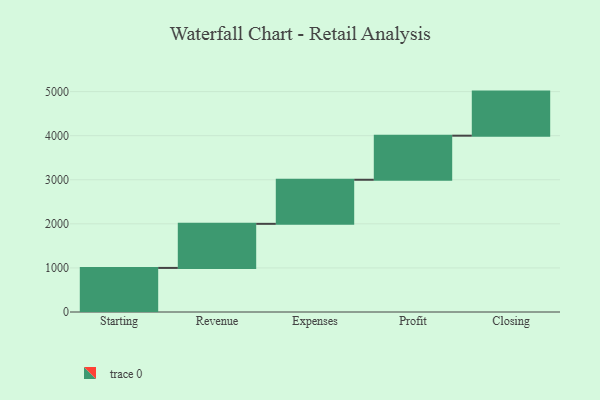
{"axis": {"x": "Step", "y": "Value"}, "legend": [""], "data": [{"x": "Starting", "y": 1000, "type": ""}, {"x": "Revenue", "y": 1000, "type": ""}, {"x": "Expenses", "y": 1000, "type": ""}, {"x": "Profit", "y": 1000, "type": ""}, {"x": "Closing", "y": 1000, "type": ""}]}